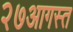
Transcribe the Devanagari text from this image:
२७आगस्त